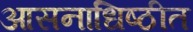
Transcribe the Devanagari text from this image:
आसनाधिष्ठीत